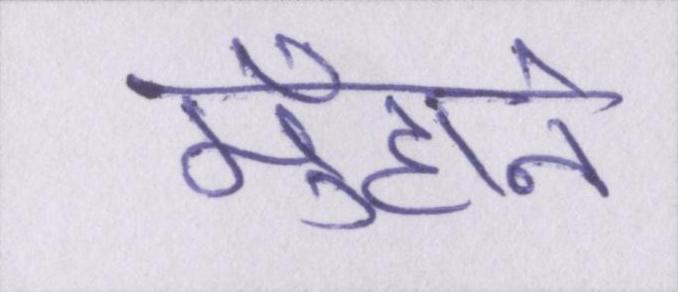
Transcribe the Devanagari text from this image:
मुँहाने